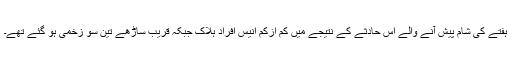
ہفتے کی شام پیش آنے والے اس حادثے کے نتیجے میں کم ازکم انیس افراد ہلاک جبکہ قریب ساڑھے تین سو زخمی ہو گئے تھے۔